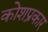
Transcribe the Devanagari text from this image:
कोशप्रकार